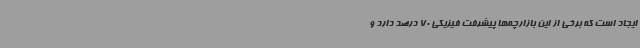
ایجاد است که برخی از این بازارچه‌ها پیشرفت فیزیکی 70 درصد دارد و